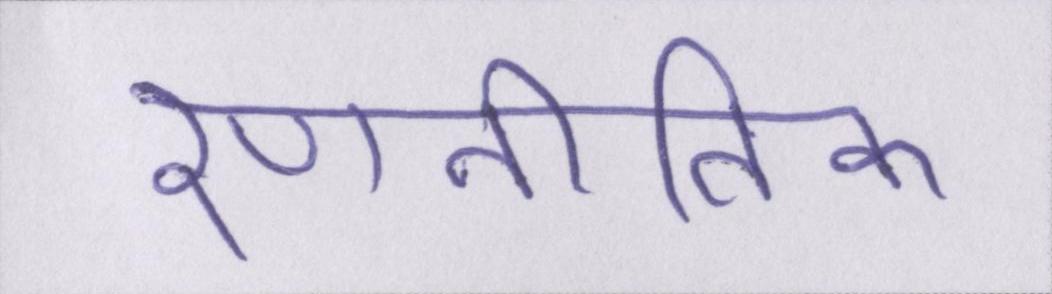
रणनीतिक